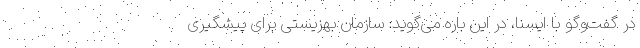
در گفت‌وگو با ایسنا، در این باره می‌گوید: سازمان بهزیستی برای پیشگیری